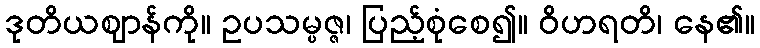
ဒုတိယဈာန်ကို။ ဥပသမ္ပဇ္ဇ၊ ပြည့်စုံစေ၍။ ဝိဟရတိ၊ နေ၏။